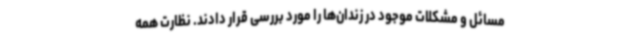
مسائل و مشکلات موجود در زندان‌ها را مورد بررسی قرار دادند. نظارت همه